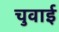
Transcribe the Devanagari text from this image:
चुवाई